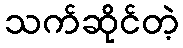
သက်ဆိုင်တဲ့